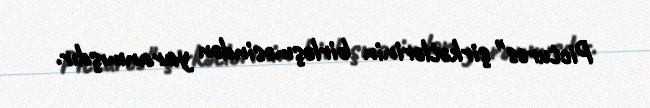
Pictures" şirkətlərinin birləşməsindən yaranmışdır.